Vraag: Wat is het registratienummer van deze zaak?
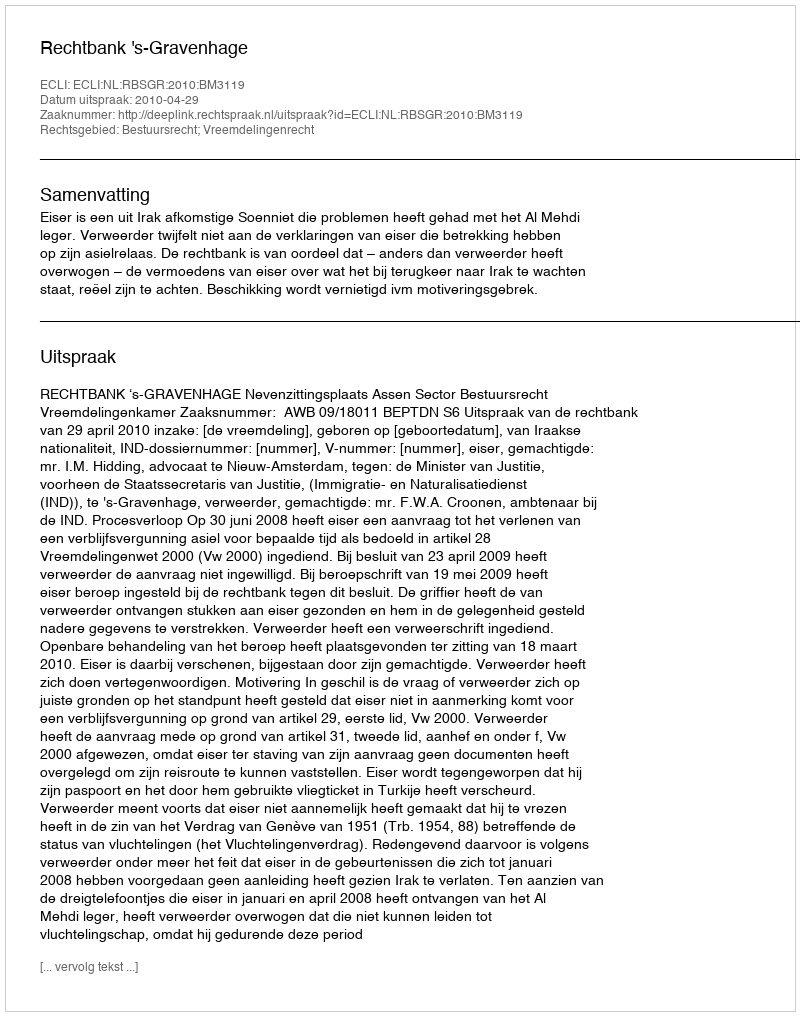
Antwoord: http://deeplink.rechtspraak.nl/uitspraak?id=ECLI:NL:RBSGR:2010:BM3119